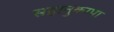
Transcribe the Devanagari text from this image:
सहानुकम्पा